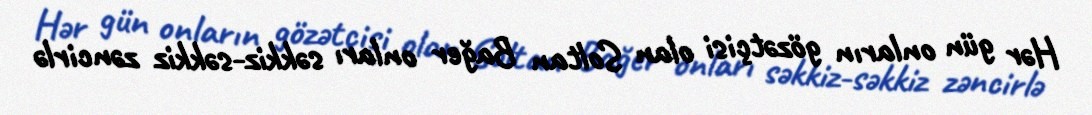
Hər gün onların gözətçisi olan Soltan Bağer onları səkkiz-səkkiz zəncirlə